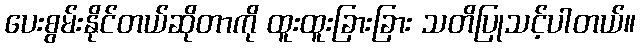
ပေးစွမ်းနိုင်တယ်ဆိုတာကို ထူးထူးခြားခြား သတိပြုသင့်ပါတယ်။